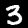
Label: 3